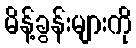
မိန့်ခွန်းများကို